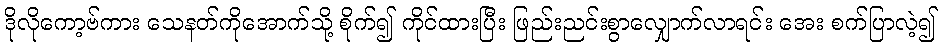
ဒိုလိုကော့ဗ်ကား သေနတ်ကိုအောက်သို့ စိုက်၍ ကိုင်ထားပြီး ဖြည်းညင်းစွာလျှောက်လာရင်း အေး စက်ပြာလဲ့၍